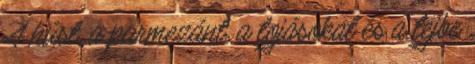
A húst, a parmezánt, a tojásokat és a tejbe